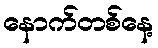
နောက်တစ်နေ့